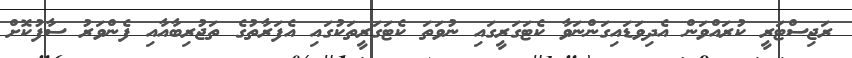
ރަޖިސްޓަރީ ކުރައްވަން އެދިވަޑައިގަންނަވާ ކެޓަގަރީގައި ނުވަތަ ކެޓަގަރީތަކުގައި އެފަރާތުގެ ތަޖުރިބާއާއި ފެންވަރު ސާފުކޮށް